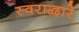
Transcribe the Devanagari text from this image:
स्वराद्वारे